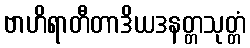
ဗာဟိရာတီတာဒိယဒနတ္တသုတ္တံ